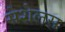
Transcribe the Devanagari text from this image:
सेशेलस